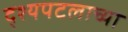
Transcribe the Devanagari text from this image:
द्श्यपटलाच्या